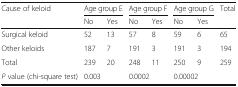
<table><thead><tr><td rowspan="2"><b>Cause of keloid</b></td><td colspan="2"><b>Age group E</b></td><td colspan="2"><b>Age group F</b></td><td colspan="2"><b>Age group G</b></td><td rowspan="2"><b>Total</b></td></tr><tr><td><b>No</b></td><td><b>Yes</b></td><td><b>No</b></td><td><b>Yes</b></td><td><b>No</b></td><td><b>Yes</b></td></tr></thead><tbody><tr><td>Surgical keloid</td><td>52</td><td>13</td><td>57</td><td>8</td><td>59</td><td>6</td><td>65</td></tr><tr><td>Other keloids</td><td>187</td><td>7</td><td>191</td><td>3</td><td>191</td><td>3</td><td>194</td></tr><tr><td>Total</td><td>239</td><td>20</td><td>248</td><td>11</td><td>250</td><td>9</td><td>259</td></tr><tr><td><i>P</i> value (chi-square test)</td><td colspan="2">0.003</td><td colspan="2">0.0002</td><td colspan="2">0.00002</td><td></td></tr></tbody></table>